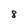
Character: 8